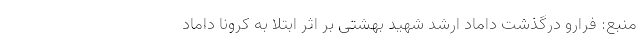
منبع: فرارو درگذشت داماد ارشد شهید بهشتی بر اثر ابتلا به کرونا داماد